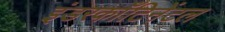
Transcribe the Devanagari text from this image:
इंडरकाँटिनेंटल